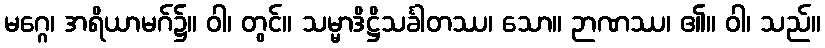
မဂ္ဂေ၊ အရိယာမဂ်၌။ ဝါ၊ တွင်။ သမ္မာဒိဋ္ဌိသင်္ခါတဿ၊ သော။ ဉာဏဿ၊ ၏။ ဝါ၊ သည်။